Annual report on the Civil Veterinary Department, Burma (including the Insein Veterinary School) - 1910-1922
Year: 1910
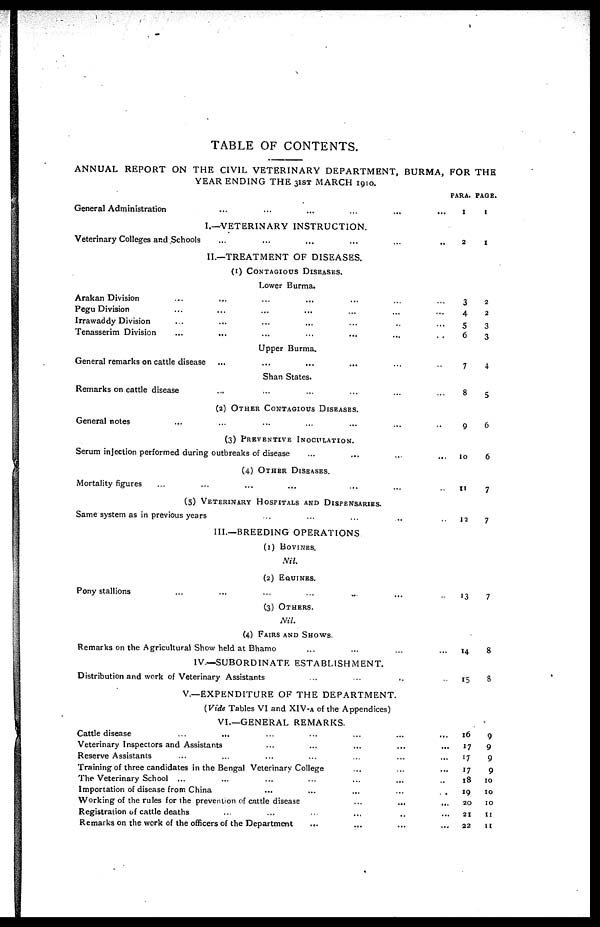
TABLE OF CONTENTS.
ANNUAL REPORT ON THE CIVIL VETERINARY DEPARTMENT, BURMA, FOR THE
YEAR ENDING THE 3IST MARCH 1910.
General Administration … … … … … …
I.—VETERINARY INSTRUCTION.
Veterinary Colleges and Schools
...
...
...
...
...
..
II.—TREATMENT OF DISEASES.
(1) CONTAGIOUS DISEASES.
Lower Burma.
Arakan Division … … … … … …
Pegu Division … … … … … …
Irrawaddy Division … … … … … …
Tenasserim Division
...
...
...
...
...
...
..
Upper Burma.
General remarks on cattle disease … … … … … …
Shan States.
Remarks on cattle disease … … … … … …
(2) OTHER CONTAGIOUS DISEASES.
General notes … … … … … …
(3) PREVENTIVE INOCULATION.
Serum injection performed during outbreaks of disease … … … … …
(4) OTHER DISEASES.
Mortality figures … … … … … … … …
(5) VETERINARY HOSPITALS AND DISPENSARIES.
Same system as in previous years … … … … …
III.—BREEDING OPERATIONS
(1) BOVINES.
Nil.
(2) EQUINES.
Pony stallions … … … … … … …
(3) OTHERS.
Nil.
(4) FAIRS AND SHOWS.
Remarks on the Agricultural Show held at Bhamo … … … …
IV.—SUBORDINATE ESTABLISHMENT.
Distribution and work of Veterinary Assistants … … … …
V.—EXPENDITURE OF THE DEPARTMENT.
(Vide Tables VI and XIV-a of the Appendices)
VI.—GENERAL REMARKS.
Cattle disease
...
... … … … …
Veterinary Inspectors and Assistants … … … … …
Reserve Assistants … … … … …
Training of three candidates in the Bengal Veterinary College … … …
The Veterinary School ... … … … …
Importation of disease from China … … … … …
Working of the rules for the prevention of cattle disease … … …
Registration of cattle deaths … … … … … …
Remarks on the work of the officers of the Department … … … …
PARA.
1
2
3
4
5
6
7
8
9
10
11
12
13
14
15
16
17
17
17
18
19
20
21
22
PAGE.
1
1
2
2
3
3
4
5
6
6
7
7
7
8
8
9
9
9
9
10
10
10
11
11